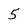
Character: 5